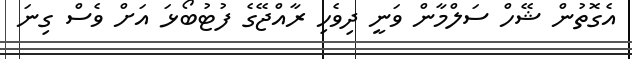
އެގޮތުން ޝޭހް ސަލްމާން ވަނީ ދިވެހި ރާއްޖޭގެ ފުޓުބޯޅަ އަށް ވެސް ގިނަ